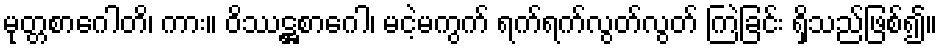
မုတ္တစာဂေါတိ၊ ကား။ ဝိဿဋ္ဌစာဂေါ၊ မငဲ့မကွက် ရက်ရက်လွတ်လွတ် ကြဲခြင်း ရှိသည်ဖြစ်၍။